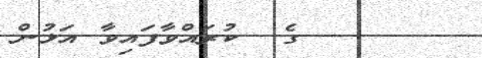
١٦٠      ގެ  ކުރައްވާފައިވާ އަޅުން